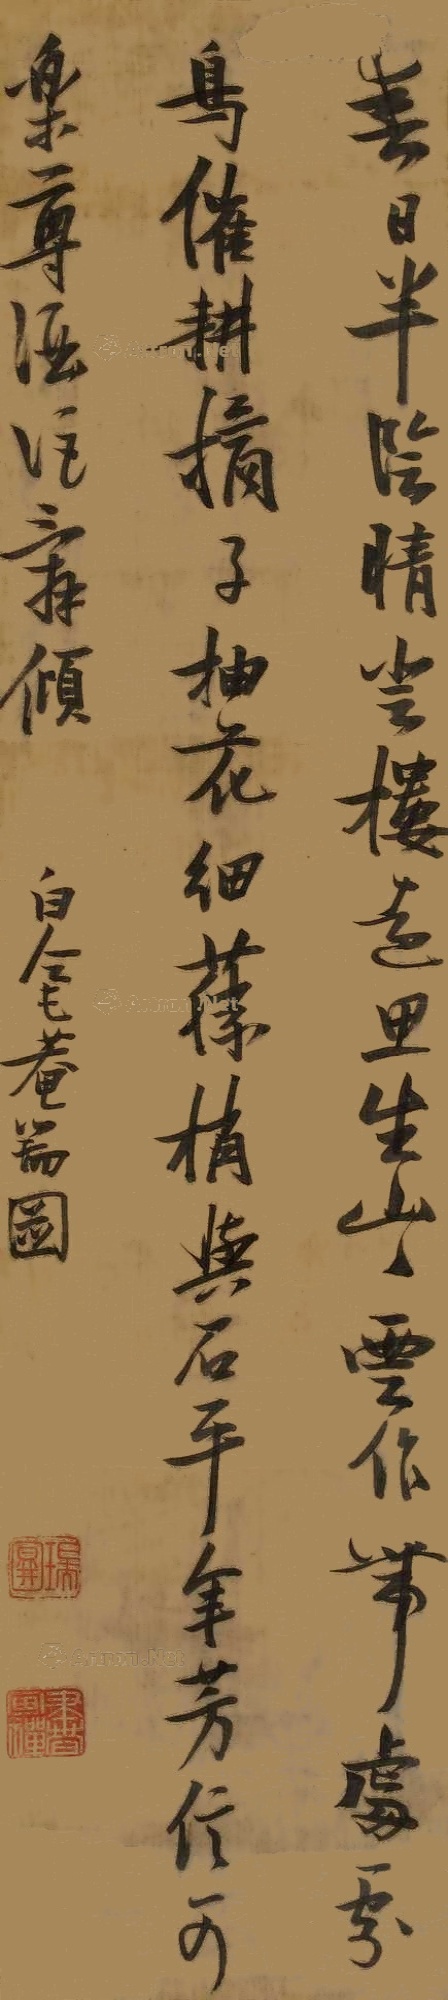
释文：春日半阴晴，登楼远思生。山山云作带，处处鸟催耕。橘子柚花细，藤梢与石平。年芳信可乐，尊酒讵辞倾。白毫庵瑞图。